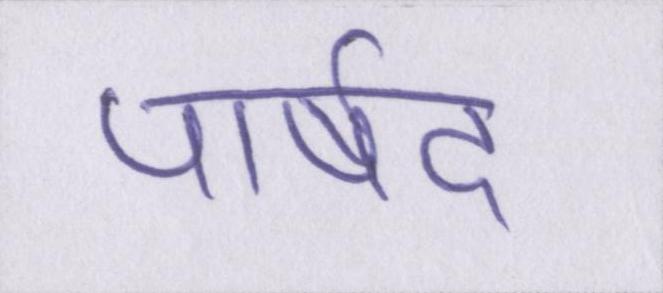
पार्षद